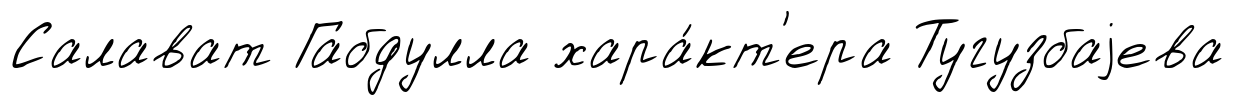
Салават Габдулла хара́кт'ера Тугузбаjева